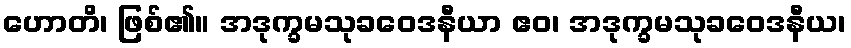
ဟောတိ၊ ဖြစ်၏။ အဒုက္ခမသုခဝေဒနီယာ ဧဝ၊ အဒုက္ခမသုခဝေဒနီယ၊